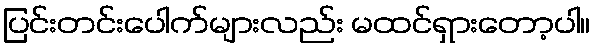
ပြင်းတင်းပေါက်များလည်း မထင်ရှားတော့ပါ။